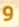
و